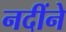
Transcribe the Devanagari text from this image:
नदींने